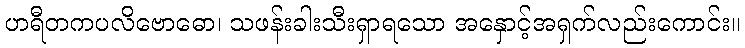
ဟရီတကပလိဗောဓော၊ သဖန်းခါးသီးရှာရသော အနှောင့်အရှက်လည်းကောင်း။